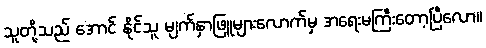
သူတို့သည် အောင် နိုင်သူ မျက်နှာဖြူများလောက်မှ အရေးမကြီးတော့ပြီလော။